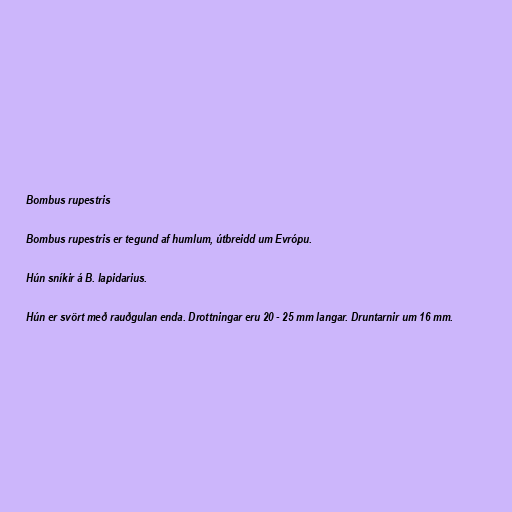
Bombus rupestris

Bombus rupestris er tegund af humlum, útbreidd um Evrópu.

Hún sníkir á B. lapidarius.

Hún er svört með rauðgulan enda. Drottningar eru 20 - 25 mm langar. Druntarnir um 16 mm.